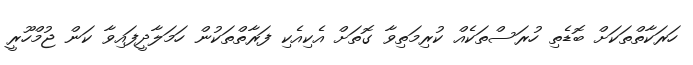
ހަރަކާތްތަކަށް ބޮޑެތި ހުރަސްތަކެއް ކުރިމަތިވާ ގޮތަށް އެކިއެކި ފަރާތްތަކުން ހަމަލާދީފައިވާ ކަން ޖުމްހޫރީ